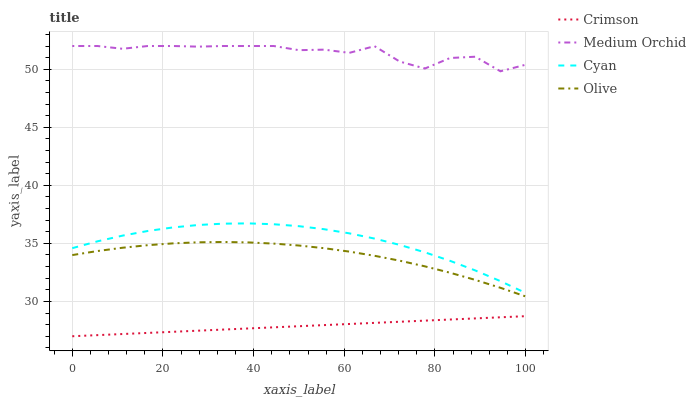
| xaxis_label | Crimson | Medium Orchid | Cyan | Olive |
 | --- | --- | --- | --- | --- |
 | 0 | 27 | 52 | 34.6 | 34 |
 | 5.56 | 27.1 | 52 | 35.2 | 34.3 |
 | 11.1 | 27.2 | 51.8 | 35.7 | 34.6 |
 | 16.7 | 27.3 | 52 | 36.1 | 34.8 |
 | 22.2 | 27.4 | 52 | 36.4 | 35 |
 | 27.8 | 27.5 | 51.9 | 36.6 | 35.1 |
 | 33.3 | 27.6 | 52 | 36.7 | 35.1 |
 | 38.9 | 27.7 | 52 | 36.7 | 35.1 |
 | 44.4 | 27.8 | 52 | 36.6 | 35 |
 | 50 | 27.9 | 51.6 | 36.5 | 34.8 |
 | 55.6 | 28 | 51.7 | 36.2 | 34.6 |
 | 61.1 | 28.1 | 51.4 | 35.9 | 34.3 |
 | 66.7 | 28.2 | 52 | 35.4 | 33.9 |
 | 72.2 | 28.2 | 50.7 | 34.9 | 33.5 |
 | 77.8 | 28.3 | 50.1 | 34.2 | 33 |
 | 83.3 | 28.4 | 51 | 33.5 | 32.5 |
 | 88.9 | 28.5 | 51.1 | 32.7 | 31.9 |
 | 94.4 | 28.6 | 49.8 | 31.7 | 31.2 |
 | 100 | 28.7 | 50.4 | 30.7 | 30.4 |